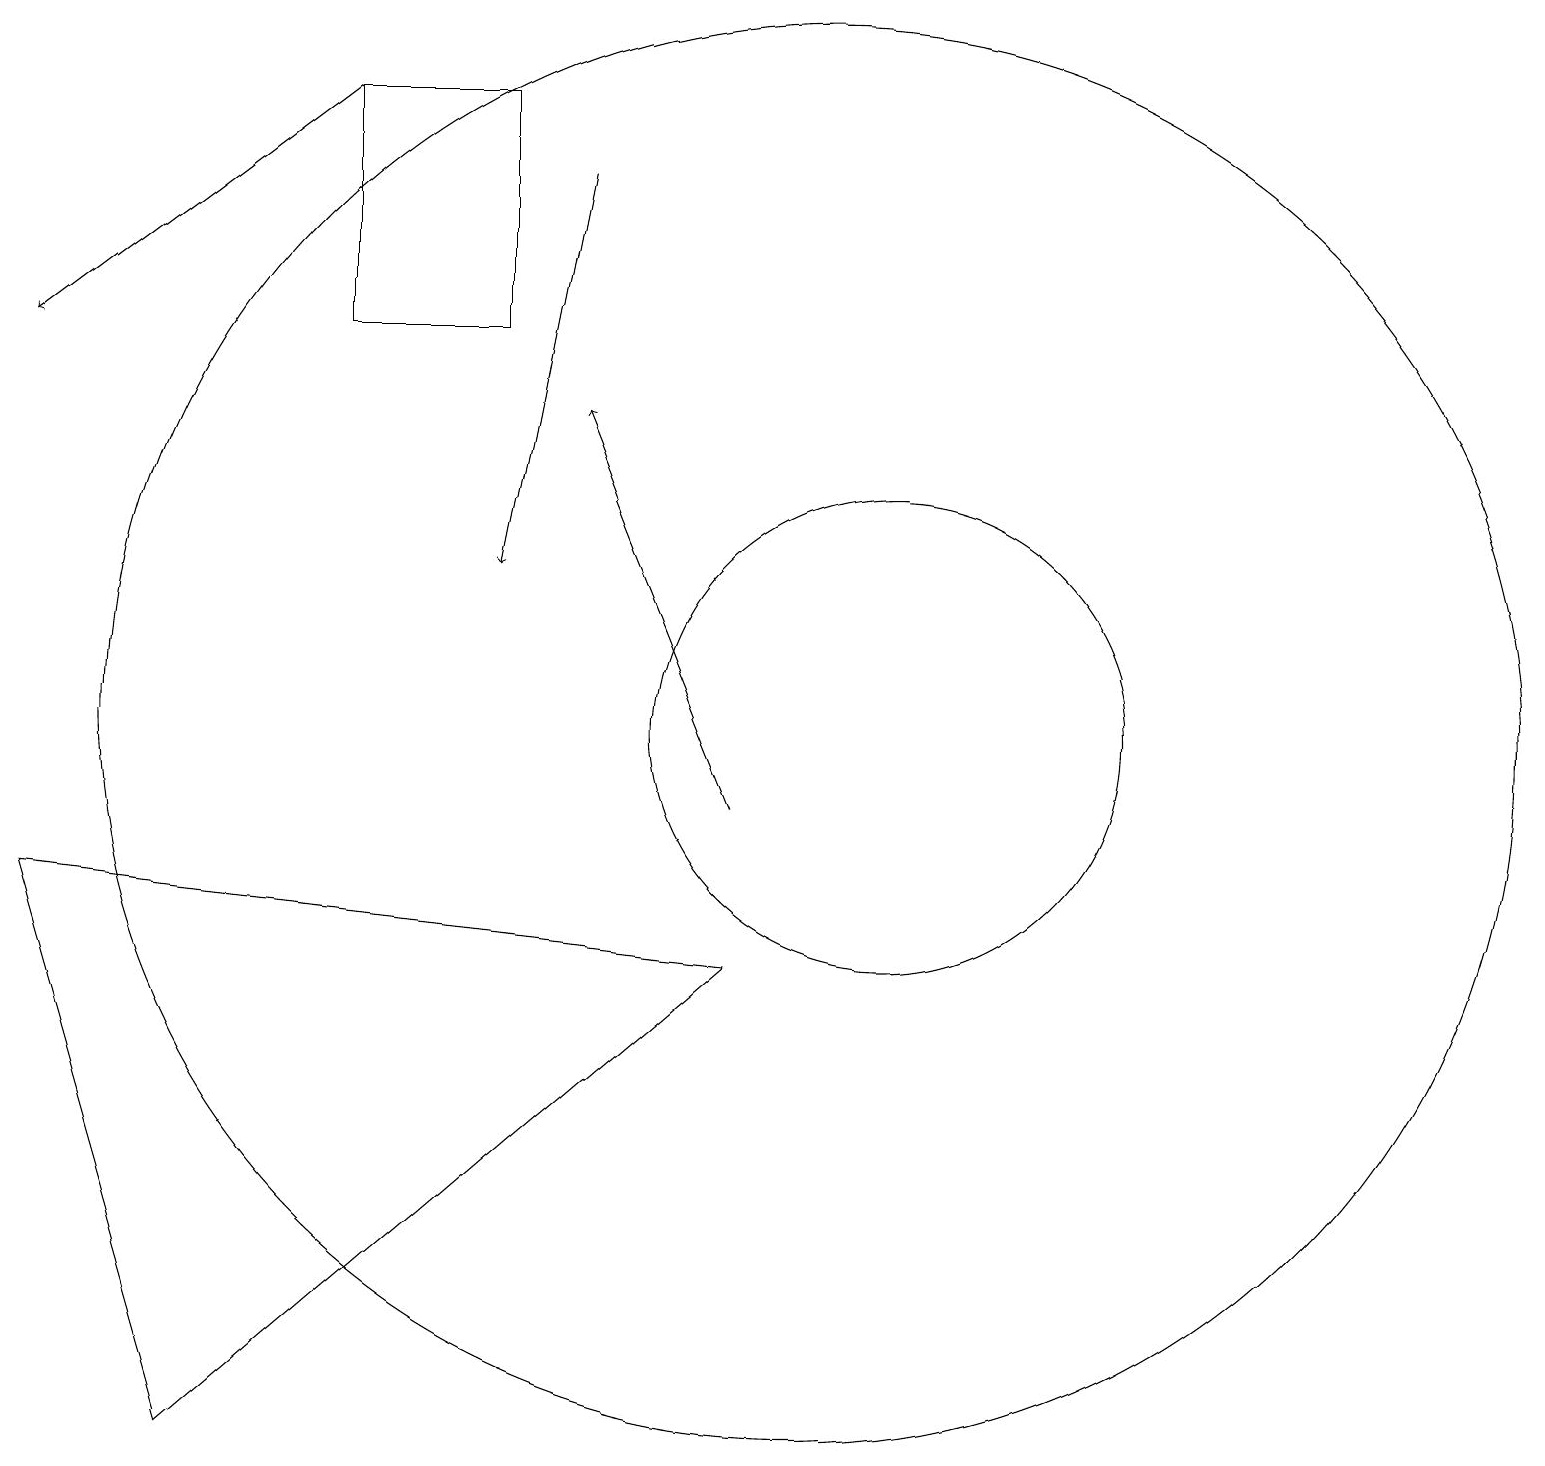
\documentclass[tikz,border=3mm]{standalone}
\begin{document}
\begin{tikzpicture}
\draw (10,11) circle (9);
\draw[->] (4,19) -- (0,16);
\draw (4,19) rectangle (6,16);
\draw (9,8) -- (2,2) -- (0,9) -- cycle;
\draw[->] (9,10) -- (7,15);
\draw (11,11) circle (3);
\draw[->] (7,18) -- (6,13);
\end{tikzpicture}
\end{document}